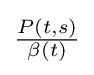
\textstyle {\frac {P(t,s)}{\beta (t)}}